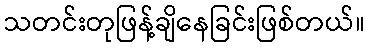
သတင်းတုဖြန့်ချိနေခြင်းဖြစ်တယ်။